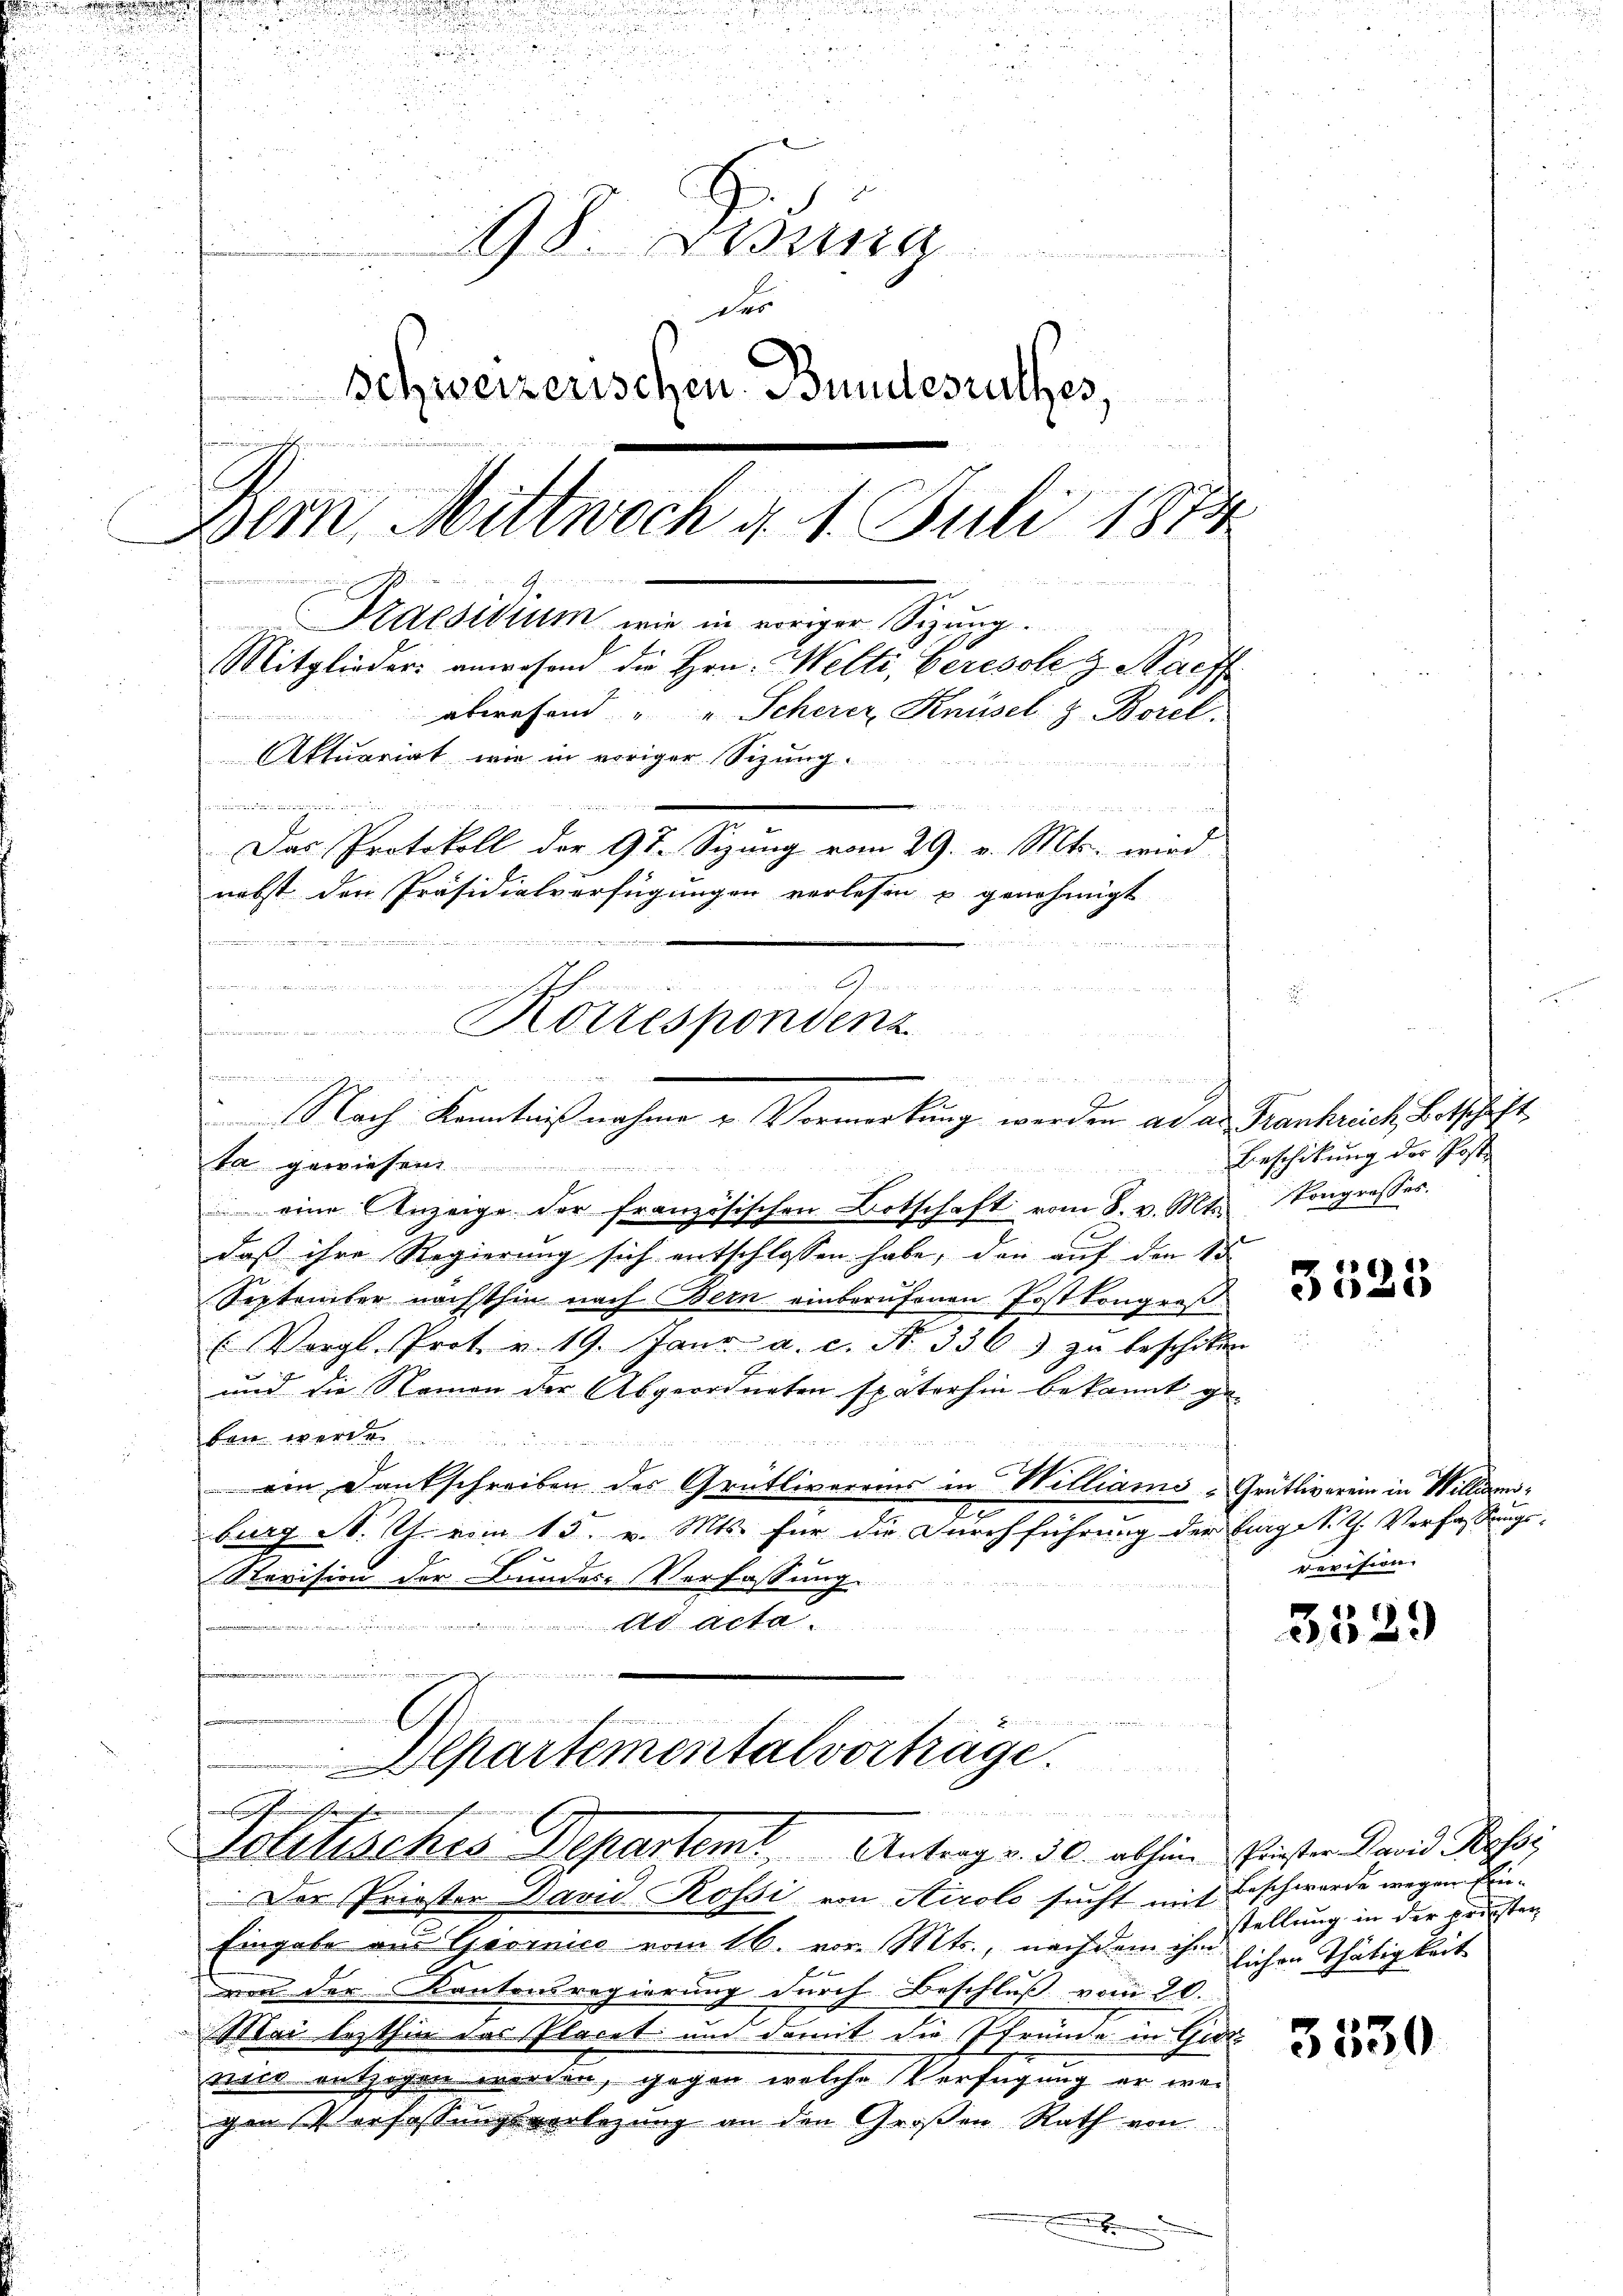
98. Darina
das
Schweizerischen Bundesrathes,
s
  d
t
.
Bern, Mittwoch d. 1. Juli 1870
Praesidium wie in voriger Sizung.
Mitglieder anwesend die Hrn. Welti, berische & Stach
abwesend " " Scherer Knüsel z. Borel
Aktuariat wie in voriger Sitzung.

u
.
h
Das Protokoll der 9t. Sizung vom 29. v. Mts. wird
nebst den Präsidialverfügungen verlesen u. genehmigt

e

dn dies einen Beschien, es wie diesen
B
u
Rottespondenz
Fraen
und

Nach Kenntniß nahme u. Vormerkung werden ad an Frankreich Betschaft,

ta gewiesen

                                                       sehen, die ihrer einer
eine Anzeige der französischen Botschaft vom 8. v. Mts.
daß ihre Regierung sich entschlossen habe, den auf den 15
September nächsthin nach Bern einberufenen Post Kongreß
Vergl. Prot. v. 19. Jani a. c. N. 336 zu beschiken
und die Reinen der Abgeordneten späterhin bekannt ge-
ben werde

ein Dankschreiben des Grütlivereins in Williams-Grütliverein in Willi¬
2
burg M. Th. vom 13. v. Mts. für die Durchführung der Lage kth. Verfassungs-
Revision der Bundes-Verfassung.
At Alte
n
.
.
niformen
i
Departementalvorträge.

wie einen ein meinrich
chischein
Solitisches Departemt Antrag v. 30. abhin Fenster David Pass

Der Priester David Rossi von Airolo sucht mit Beschwerde wegen Ein¬
Eingabe aus Giornico vom 16. vor. Mts., nach dem ihm sichen Thätigkeit
vn der Kantonsregierung durch Beschluß vom 20.
Mai lezthin das Placet und damit die Pfründe in Geste
nict entzogen werden, gegen welche Verfügung er weigen Verfassungsverlegung an den Großen Rath von
x

Beschikung der Post
Pongresses.

025

devision.

3529

stellung in der preisten

3330